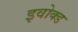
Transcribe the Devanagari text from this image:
इवोक्ड